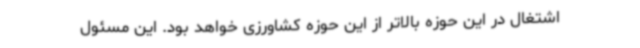
اشتغال در این حوزه بالاتر از این حوزه کشاورزی خواهد بود. این مسئول